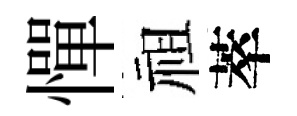
憚祖萃